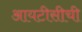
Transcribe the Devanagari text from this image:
आयटीसीची